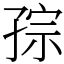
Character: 孮